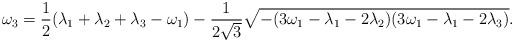
LaTeX: \begin{align*} \omega_3=\frac{1}{2}(\lambda_1 +\lambda_2 +\lambda_3 -\omega_1) -\frac{1}{2\sqrt{3}} \sqrt{- (3\omega_1 -\lambda_1 -2\lambda_2) (3\omega_1 -\lambda_1 -2\lambda_3)}. \end{align*}